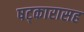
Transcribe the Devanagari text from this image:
षट्‍कारासह